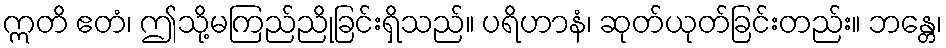
ဣတိ ဧတံ၊ ဤသို့မကြည်ညိုခြင်းရှိသည်။ ပရိဟာနံ၊ ဆုတ်ယုတ်ခြင်းတည်း။ ဘန္တေ၊